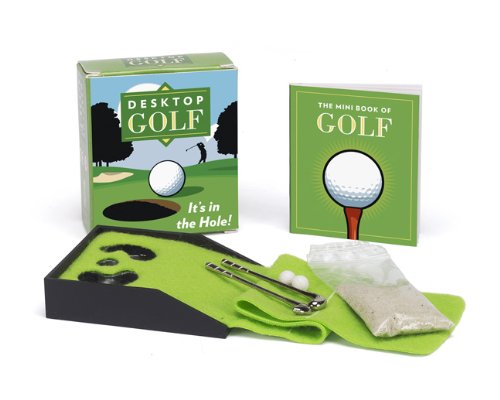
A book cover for Desktop Golf; Chris Stone; Humor & Entertainment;